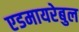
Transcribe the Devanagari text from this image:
एडमायरेबुल